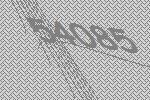
54085